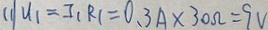
( 1 ) U _ { 1 } = I _ { 1 } R _ { 1 } = 0 . 3 A \times 3 0 \Omega = 9 V